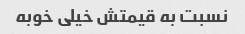
نسبت به قیمتش خیلی خوبه